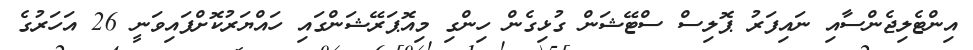
އިންޓެލިޖެންސާއި ނައިފަރު ޕޮލިސް ސްޓޭޝަން ގުޅިގެން ހިންގި މިއޮޕަރޭޝަންގައި ހައްޔަރުކޮށްފައިވަނީ 26 އަހަރުގެ